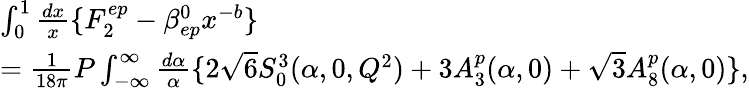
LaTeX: \begin{array}{l}{{\int_{0}^{1}\frac{dx}{x}\{ F_{2}^{ep}-\beta_{ep}^{0}x^{-b}\} }}\\ {{=\frac{1}{18\pi}P\int_{-\infty}^{\infty}\frac{d\alpha}{\alpha}\{ 2\sqrt{6}S_{0}^{3}(\alpha,0,Q^{2})+3A_{3}^{p}(\alpha,0)+\sqrt{3}A_{8}^{p}(\alpha,0)\} ,}}\end{array}